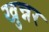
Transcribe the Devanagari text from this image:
खुन्नर